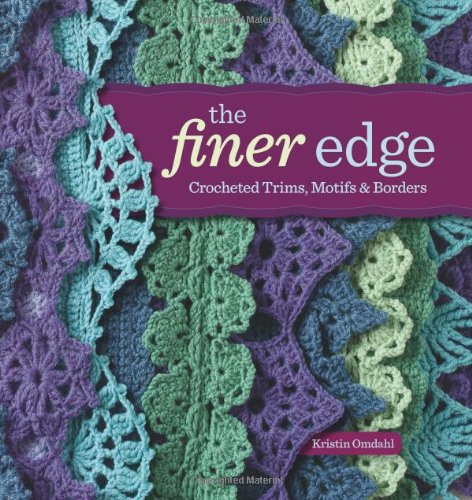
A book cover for The Finer Edge: Crocheted Trims, Motifs & Borders; Kristin Omdahl; Crafts, Hobbies & Home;